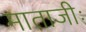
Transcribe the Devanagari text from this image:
माताजीः